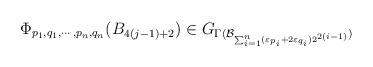
LaTeX: \begin{align*}\Phi_{p_1, q_1, \cdots, p_n, q_n}(B_{4(j-1) +2}) \in G_{\Gamma(\mathcal{B}_{\sum_{i=1}^n(\varepsilon_{p_i} + 2 \varepsilon_{q_i}) 2^{2(i-1)}})}\end{align*}